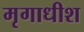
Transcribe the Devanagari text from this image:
मृगाधीश